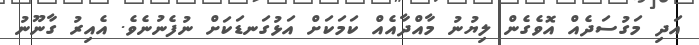
އަދި މަގުސަދެއް އޮވެގެން ލިޔުނު މާއްދާއެއް ކަމަކަށް އަޅުގަނޑަކަށް ނުފެނުނެވެ. އެއިރު ގާނޫނު